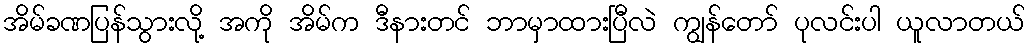
အိမ်ခဏပြန်သွားလို့ အကို အိမ်က ဒီနားတင် ဘာမှာထားပြီလဲ ကျွန်တော် ပုလင်းပါ ယူလာတယ်